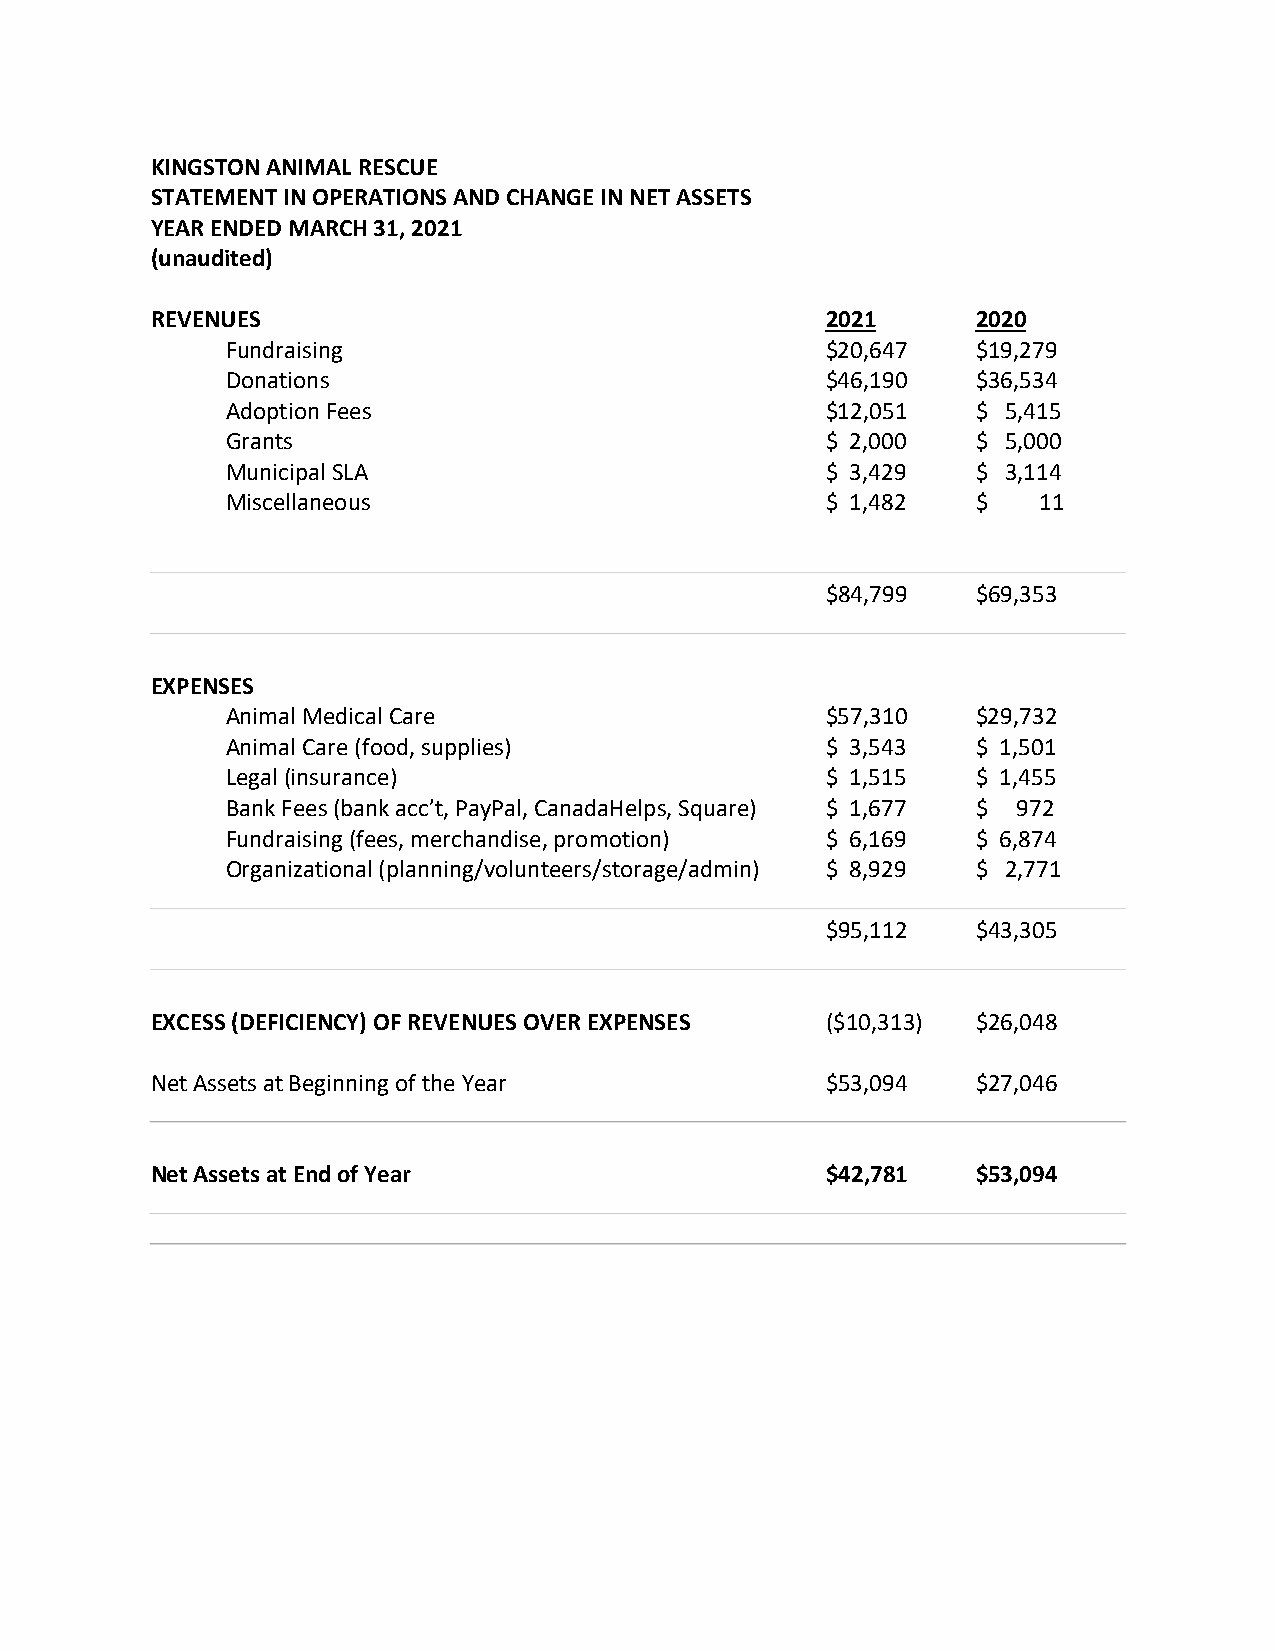
KINGSTON ANIMAL RESCUE
 STATEMENT IN OPERATIONS AND CHANGE IN NET ASSETS
 YEAR ENDED MARCH 31, 2021
 (unaudited)
 REVENUES                                     2021      2020
 Fundraising                             $20,647   $19,279
 Donations                               $46,190   $36,534
 Adoption Fees                           $12,051   $ 5,415
 Grants                                  $ 2,000   $ 5,000
 Municipal SLA                           $ 3,429   $ 3,114
 Miscellaneous                           $ 1,482   $   11
 $84,799   $69,353
 EXPENSES
 Animal Medical Care                     $57,310   $29,732
 Animal Care (food, supplies)            $ 3,543   $ 1,501
 Legal (insurance)                       $ 1,515   $ 1,455
 Bank Fees (bank acc’t, PayPal, CanadaHelps, Square) $ 1,677 $ 972
 Fundraising (fees, merchandise, promotion) $ 6,169 $ 6,874
 Organizational (planning/volunteers/storage/admin) $ 8,929 $ 2,771
 $95,112   $43,305
 EXCESS (DEFICIENCY) OF REVENUES OVER EXPENSES ($10,313) $26,048
 Net Assets at Beginning of the Year          $53,094   $27,046
 Net Assets at End of Year                    $42,781   $53,094